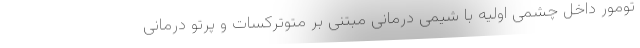
تومور داخل چشمی اولیه با شیمی درمانی مبتنی بر متوترکسات و پرتو درمانی